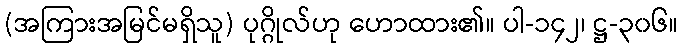
(အကြားအမြင်မရှိသူ) ပုဂ္ဂိုလ်ဟု ဟောထား၏။ ပါ-၁၄၂၊ ဋ္ဌ-၃၀၆။